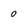
Character: 0